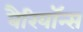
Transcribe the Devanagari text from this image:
बैरियॉन्स